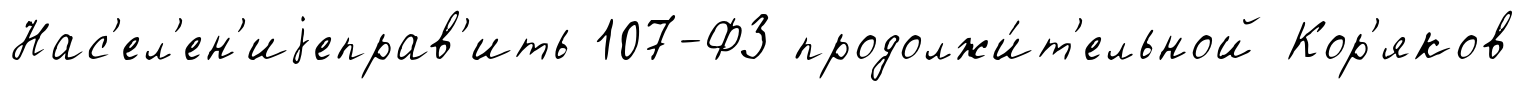
Нас'ел'ен'иjеправ'ить 107-ФЗ продолжи́т'ельной Кор'яков